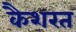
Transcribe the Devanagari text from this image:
कैशरत